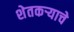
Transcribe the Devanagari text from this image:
शेतकऱ्याचे